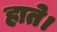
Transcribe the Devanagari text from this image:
हाते।